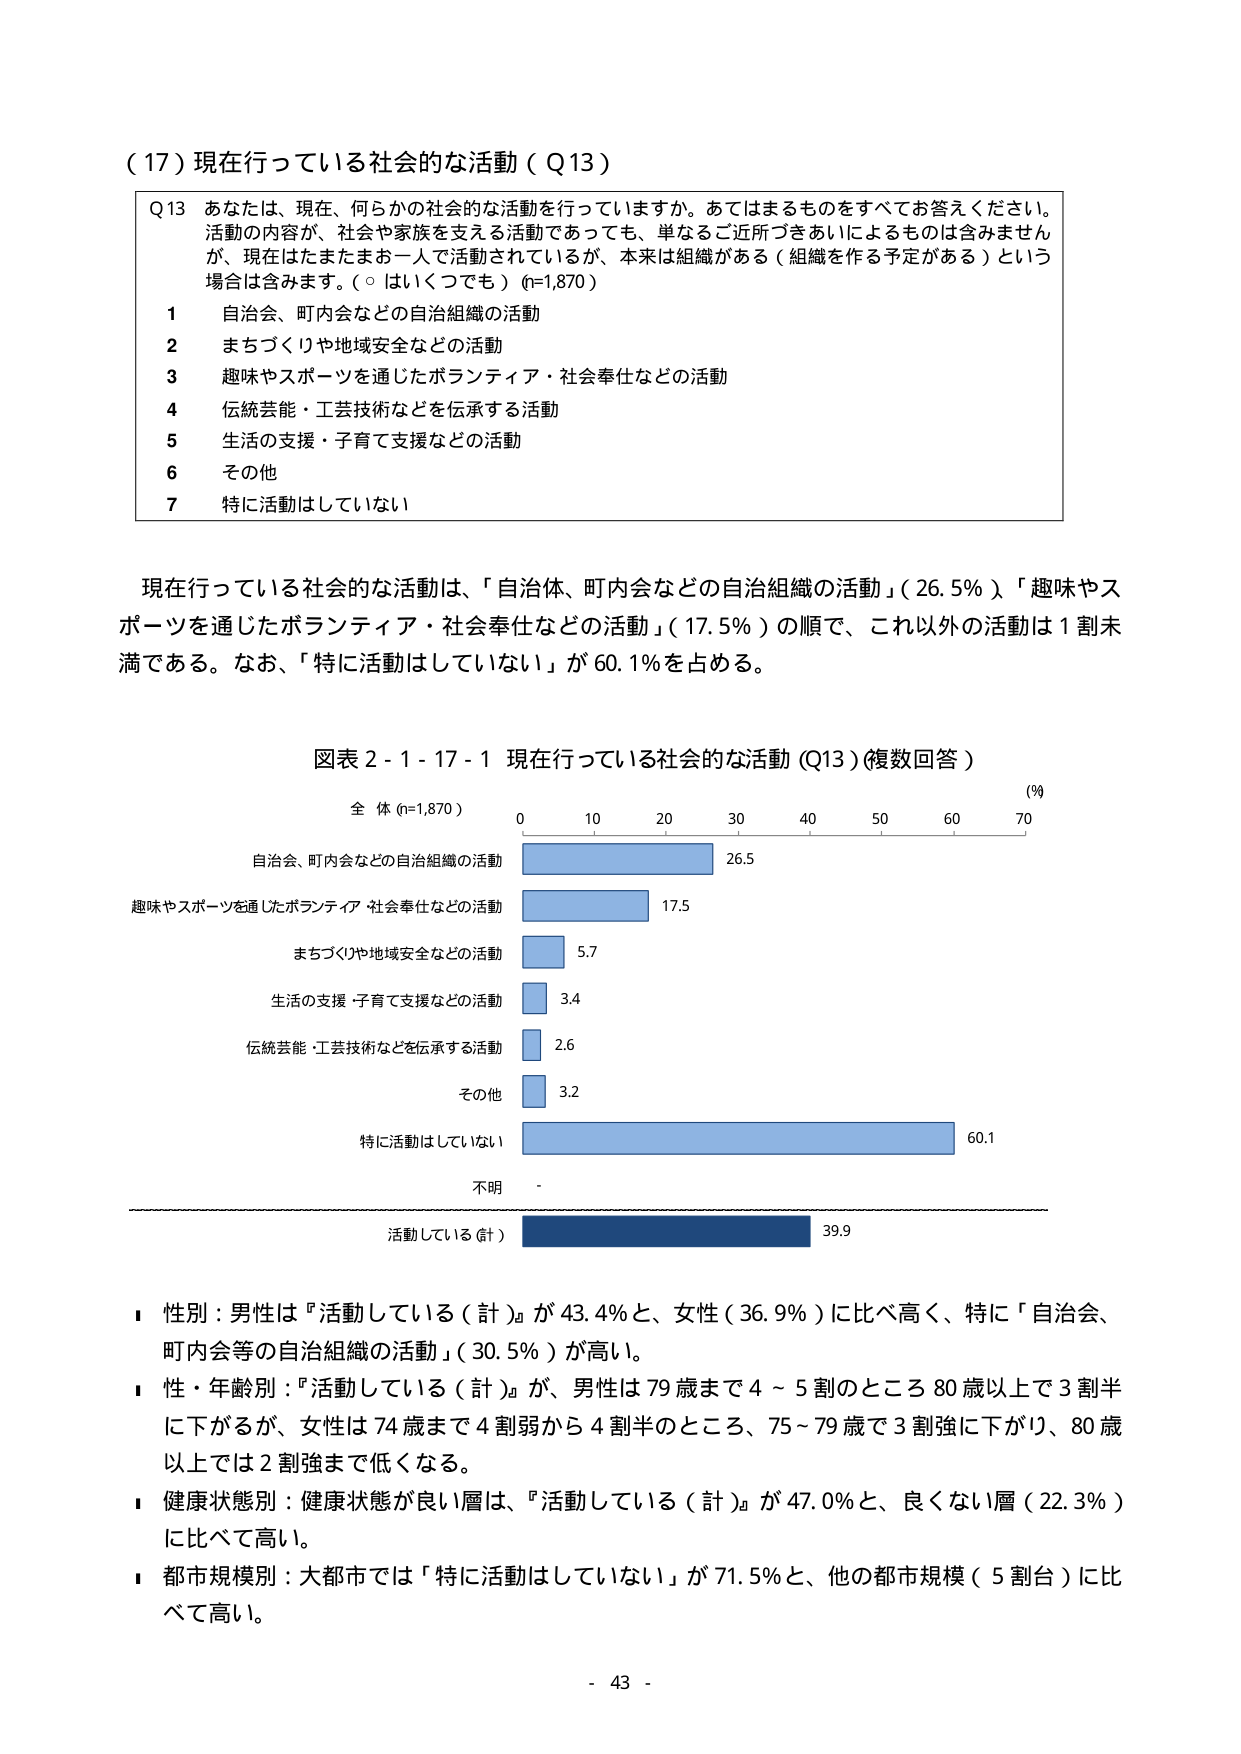
（17）現在行っている社会的な活動（Q13）

Q13 あなたは、現在、何らかの社会的な活動を行っていますか。あてはまるものをすべてお答えください。活動の内容が、社会や家族を支える活動であっても、単なるご近所づきあいによるものは含みませんが、現在はたまたまお一人で活動されているが、本来は組織がある（組織を作る予定がある）という場合は含みます。（○ はいくつでも）（n=1,870）

1 自治会、町内会などの自治組織の活動
2 まちづくりや地域安全などの活動
3 趣味やスポーツを通じたボランティア・社会奉仕などの活動
4 伝統芸能・工芸技術などを伝承する活動
5 生活の支援・子育て支援などの活動
6 その他
7 特に活動はしていない

現在行っている社会的な活動は、「自治体、町内会などの自治組織の活動」（26.5％）、「趣味やスポーツを通じたボランティア・社会奉仕などの活動」（17.5％）の順で、これ以外の活動は1割未満である。なお、「特に活動はしていない」が60.1％を占める。

図表2-1-17-1 現在行っている社会的な活動（Q13）（複数回答）

全 体（n=1,870）
（％）
0 10 20 30 40 50 60 70

自治会、町内会などの自治組織の活動 26.5
趣味やスポーツを通じたボランティア・社会奉仕などの活動 17.5
まちづくりや地域安全などの活動 5.7
生活の支援・子育て支援などの活動 3.4
伝統芸能・工芸技術などを伝承する活動 2.6
その他 3.2
特に活動はしていない 60.1
不明 -
活動している（計） 39.9

■ 性別：男性は『活動している（計）』が43.4％と、女性（36.9％）に比べ高く、特に「自治会、町内会等の自治組織の活動」（30.5％）が高い。
■ 性・年齢別：『活動している（計）』が、男性は79歳まで4～5割のところ80歳以上で3割半に下がるが、女性は74歳まで4割弱から4割半のところ、75～79歳で3割強に下がり、80歳以上では2割強まで低くなる。
■ 健康状態別：健康状態が良い層は、『活動している（計）』が47.0％と、良くない層（22.3％）に比べて高い。
■ 都市規模別：大都市では「特に活動はしていない」が71.5％と、他の都市規模（5割台）に比べて高い。

- 43 -